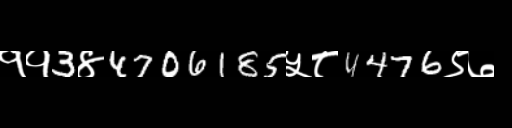
Text: ११3४4706185५८4476९७